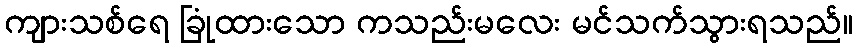
ကျားသစ်ရေ ခြုံထားသော ကသည်းမလေး မင်သက်သွားရသည်။